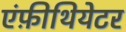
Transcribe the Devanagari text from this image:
एंफ़ीथियेटर